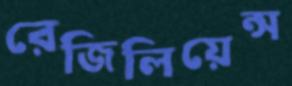
রেজিলিয়েন্স